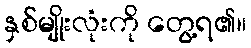
နှစ်မျိုးလုံးကို တွေ့ရ၏။